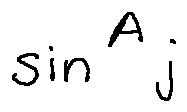
\sin ^ { A } j